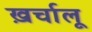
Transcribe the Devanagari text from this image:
ख़र्चालू